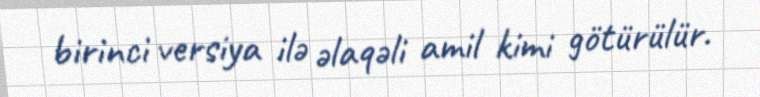
birinci versiya ilə əlaqəli amil kimi götürülür.